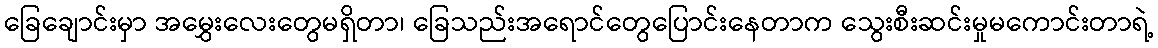
ခြေချောင်းမှာ အမွှေးလေးတွေမရှိတာ၊ ခြေသည်းအရောင်တွေပြောင်းနေတာက သွေးစီးဆင်းမှုမကောင်းတာရဲ့